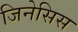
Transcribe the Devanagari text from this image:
जिनेसिस